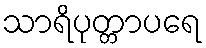
သာရိပုတ္တာပရေ